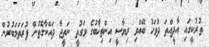
ތުރުކީގައި އާދީއްތަ ދުވަހު ބޭއްވި ރިޔާސީ އިންތިޚާބުގެ ވަގުތީ ނަތީޖާ ދައްކާގޮތުން ފުރަތަމަބުރުން